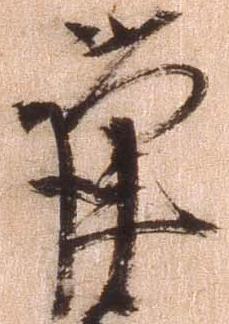
謹